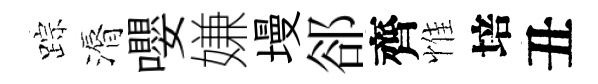
踪漘嚶嫌墁郤齊惟培丑